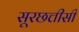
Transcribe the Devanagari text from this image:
सूरछत्तीसी